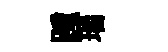
踵瑞